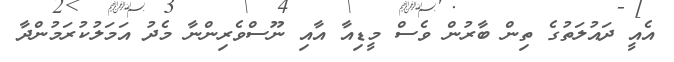
އެއީ ދައުލަތުގެ ތިން ބާރުން ވެސް މީޑިއާ އާއި ނޫސްވެރިންނާ މެދު އަމަލުކުރަމުންދާ